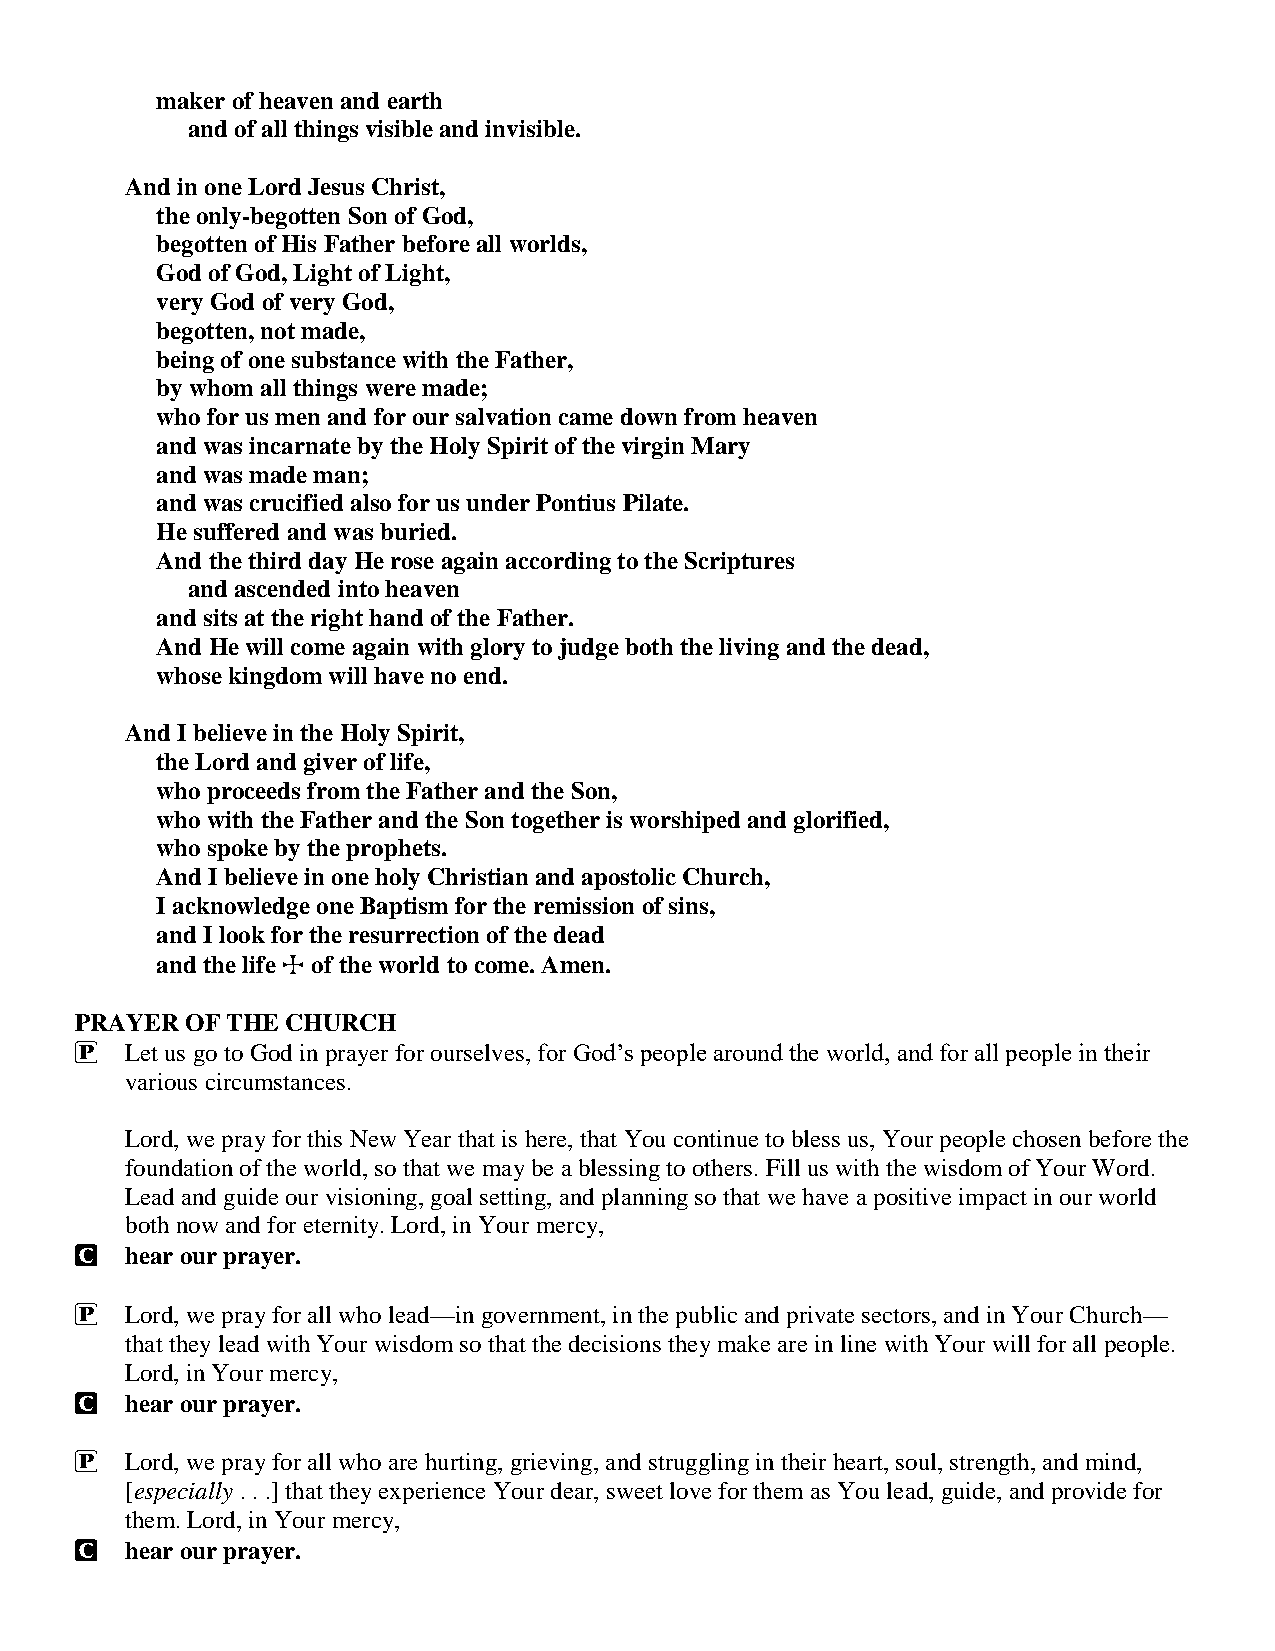
maker of heaven and earth
 and of all things visible and invisible.
 And in one Lord Jesus Christ,
 the only-begotten Son of God,
 begotten of His Father before all worlds,
 God of God, Light of Light,
 very God of very God,
 begotten, not made,
 being of one substance with the Father,
 by whom all things were made;
 who for us men and for our salvation came down from heaven
 and was incarnate by the Holy Spirit of the virgin Mary
 and was made man;
 and was crucified also for us under Pontius Pilate.
 He suffered and was buried.
 And the third day He rose again according to the Scriptures
 and ascended into heaven
 and sits at the right hand of the Father.
 And He will come again with glory to judge both the living and the dead,
 whose kingdom will have no end.
 And I believe in the Holy Spirit,
 the Lord and giver of life,
 who proceeds from the Father and the Son,
 who with the Father and the Son together is worshiped and glorified,
 who spoke by the prophets.
 And I believe in one holy Christian and apostolic Church,
 I acknowledge one Baptism for the remission of sins,
 and I look for the resurrection of the dead
 and the life T of the world to come. Amen.
 PRAYER OF THE CHURCH
 P  Let us go to God in prayer for ourselves, for God’s people around the world, and for all people in their
 various circumstances.
 Lord, we pray for this New Year that is here, that You continue to bless us, Your people chosen before the
 foundation of the world, so that we may be a blessing to others. Fill us with the wisdom of Your Word.
 Lead and guide our visioning, goal setting, and planning so that we have a positive impact in our world
 both now and for eternity. Lord, in Your mercy,
 C  hear our prayer.
 P  Lord, we pray for all who lead—in government, in the public and private sectors, and in Your Church—
 that they lead with Your wisdom so that the decisions they make are in line with Your will for all people.
 Lord, in Your mercy,
 C  hear our prayer.
 P  Lord, we pray for all who are hurting, grieving, and struggling in their heart, soul, strength, and mind,
 [especially . . .] that they experience Your dear, sweet love for them as You lead, guide, and provide for
 them. Lord, in Your mercy,
 C  hear our prayer.